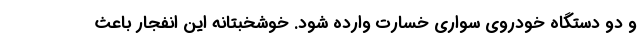
و دو دستگاه خودروی سواری خسارت وارده شود. خوشخبتانه این انفجار باعث